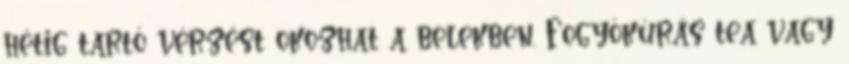
hétig tartó vérzést okozhat a belekben. Fogyókúrás tea vagy